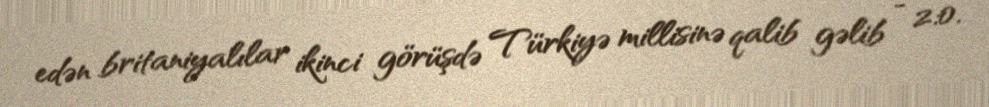
edən britaniyalılar ikinci görüşdə Türkiyə millisinə qalib gəlib - 2:0.